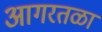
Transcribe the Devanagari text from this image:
आगरतळा